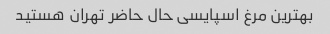
بهترین مرغ اسپایسی حال حاضر تهران هستید